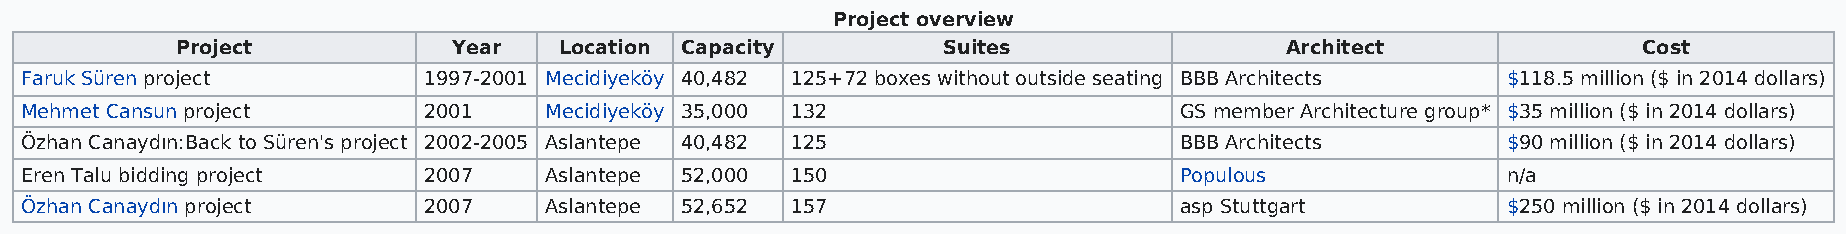
Project overview
 Project           Year   Location Capacity        Suites                 Architect               Cost
 Faruk Süren project        1997-2001 Mecidiyeköy 40,482 125+72 boxes without outside seating BBB Architects $118.5 million ($ in 2014 dollars)
 Mehmet Cansun project      2001    Mecidiyeköy 35,000 132                    GS member Architecture group* $35 million ($ in 2014 dollars)
 Özhan Canaydın:Back to Süren's project 2002-2005 Aslantepe 40,482 125        BBB Architects        $90 million ($ in 2014 dollars)
 Eren Talu bidding project  2007    Aslantepe 52,000 150                      Populous              n/a
 Özhan Canaydın project     2007    Aslantepe 52,652 157                      asp Stuttgart         $250 million ($ in 2014 dollars)